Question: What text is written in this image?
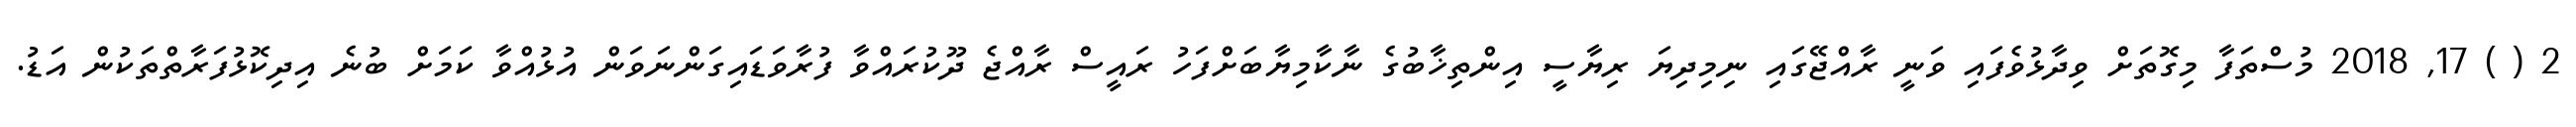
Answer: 2 ( ) 17, 2018 މުސްތަފާ މިގޮތަށް ވިދާޅުވެފައި ވަނީ ރާއްޖޭގައި ނިމިދިޔަ ރިޔާސީ އިންތިޚާބުގެ ނާކާމިޔާބަށްފަހު ރައީސް ރާއްޖެ ދޫކުރައްވާ ފުރާވަޑައިގަންނަވަން އުޅުއްވާ ކަމަށް ބުނެ އިދިކޮޅުފަރާތްތަކުން އަޑު.